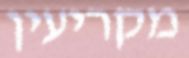
מקריעין